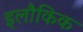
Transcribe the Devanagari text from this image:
इलौकिक